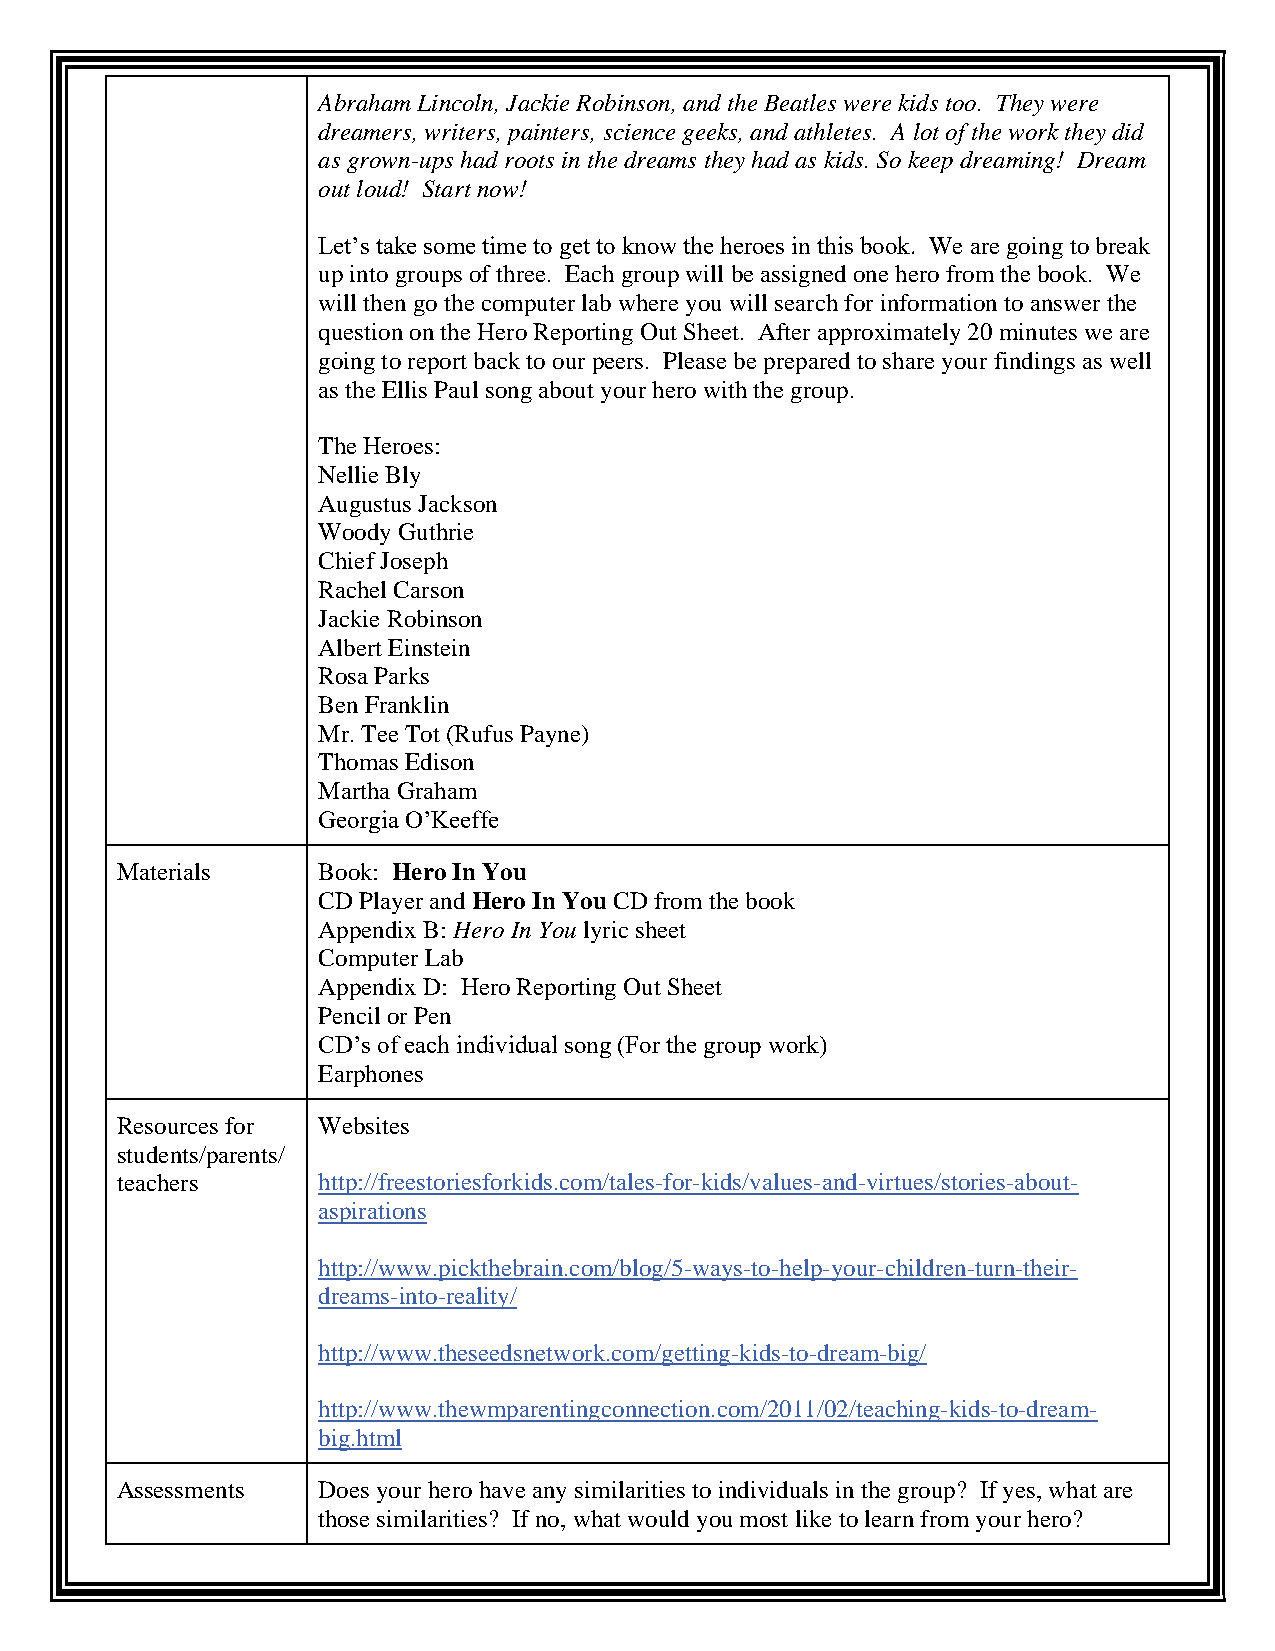
Abraham Lincoln, Jackie Robinson, and the Beatles were kids too. They were
 dreamers, writers, painters, science geeks, and athletes. A lot of the work they did
 as grown-ups had roots in the dreams they had as kids. So keep dreaming! Dream
 out loud! Start now!
 Let’s take some time to get to know the heroes in this book. We are going to break
 up into groups of three. Each group will be assigned one hero from the book. We
 will then go the computer lab where you will search for information to answer the
 question on the Hero Reporting Out Sheet. After approximately 20 minutes we are
 going to report back to our peers. Please be prepared to share your findings as well
 as the Ellis Paul song about your hero with the group.
 The Heroes:
 Nellie Bly
 Augustus Jackson
 Woody Guthrie
 Chief Joseph
 Rachel Carson
 Jackie Robinson
 Albert Einstein
 Rosa Parks
 Ben Franklin
 Mr. Tee Tot (Rufus Payne)
 Thomas Edison
 Martha Graham
 G eorgia O’Keeffe
 Materials    Book: Hero In You
 CD Player and Hero In You CD from the book
 Appendix B: Hero In You lyric sheet
 Computer Lab
 Appendix D: Hero Reporting Out Sheet
 Pencil or Pen
 CD’s of each individual song (For the group work)
 Earphones
 Resources for Websites
 students/parents/
 teachers     http://freestoriesforkids.com/tales-for-kids/values-and-virtues/stories-about-
 aspirations
 http://www.pickthebrain.com/blog/5-ways-to-help-your-children-turn-their-
 dreams-into-reality/
 http://www.theseedsnetwork.com/getting-kids-to-dream-big/
 http://www.thewmparentingconnection.com/2011/02/teaching-kids-to-dream-
 b ig.html
 Assessments  Does your hero have any similarities to individuals in the group? If yes, what are
 those similarities? If no, what would you most like to learn from your hero?